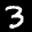
Label: 3